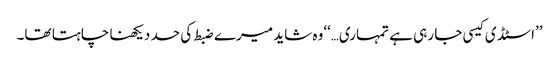
’’اسٹڈی کیسی جا رہی ہے تمہاری…‘‘وہ شاید میرے ضبط کی حد دیکھنا چاہتا تھا۔